Annual report on the Civil Veterinary Department, Burma (including the Insein Veterinary School) - 1932-1941
Year: 1932
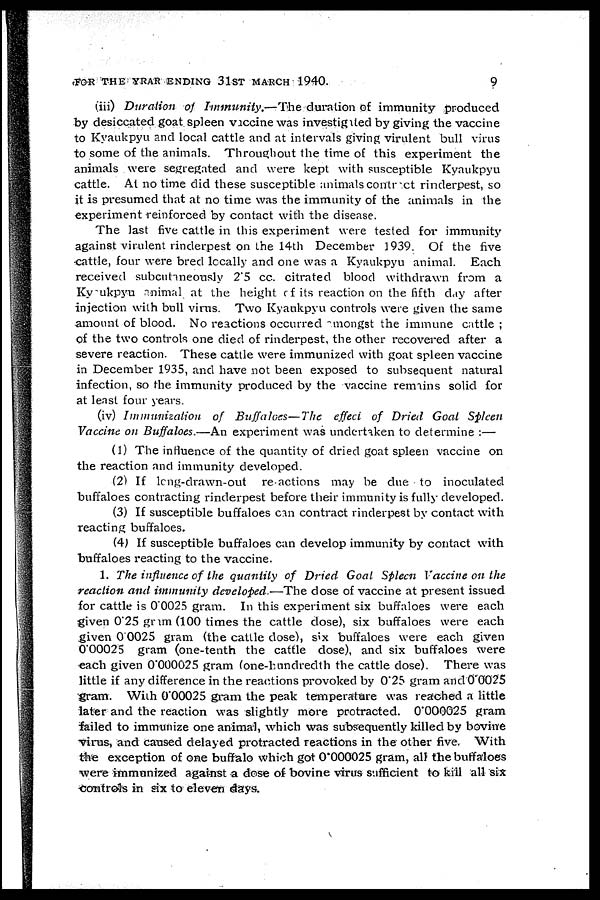
FOR THE YRAR ENDING 31ST MARCH 1940.
9
(iii) Duration of Immunity.—The
duration of immunity produced
by desiccated goat spleen vaccine was investigated by giving the vaccine
to Kyaukpyu and local cattle and at intervals giving virulent bull virus
to some of the animals. Throughout the time of this experiment the
animals were segregated and were kept with susceptible Kyaukpyu
cattle. At no time did these susceptible animals contract rinderpest, so
it is presumed that at no time was the immunity of the animals in the
experiment reinforced by contact with the disease.
The last five cattle in this experiment were tested for immunity
against virulent rinderpest on the 14th December 1939. Of the five
cattle, four were bred locally and one was a Kyaukpyu animal.
Each
received subcutineously 2.5 cc. citrated blood withdrawn from a
Ky ukpyu animal at the height of its reaction on the fifth day after
injection with bull virus. Two Kyaukpyu controls were given the same
amount of blood. No reactions occurred amongst the immune cattle ;
of the two controls one died of rinderpest, the other recovered after a
severe reaction. These cattle were immunized with goat spleen vaccine
in December 1935, and have not been exposed to subsequent natural
infection, so the immunity produced by the vaccine remains solid for
at least four years.
(iv) Immunization
of Buffaloes—The
effect of Dried Goat Spleen
Vaccine on Buffaloes.—An experiment was undertaken to determine :—
(1) The influence of the quantity of dried goat spleen vaccine on
the reaction and immunity developed.
(2) If long-drawn-out
reactions may he due to inoculated
buffaloes contracting rinderpest before their immunity is fully developed.
(3) If susceptible buffaloes can contract rinderpest by contact with
reacting buffaloes.
(4) If susceptible buffaloes can develop immunity by contact with
buffaloes reacting to the vaccine.
1. The influence of the quantity of Dried Goal Spleen Vaccine on the
reaction and immunity developed.—The dose of vaccine at present issued
for cattle is 00025 gram. In this experiment six buffaloes were each
given 0.25 gram (100 times the cattle close), six buffaloes were each
given 00025 gram (the cattle dose), six buffaloes were each given
0.00025 gram (one-tenth the cattle dose), and six buffaloes were
each given 0.000025 gram (one-hundredth the cattle dose). There was
little if any difference in the reactions provoked by 0.25 gram and 0.0025
gram. With 0.00025 gram the peak temperature was reached a little
later and the reaction was slightly more protracted. 0.000025 gram
failed to immunize one animal, which was subsequently killed by bovine
virus, and caused delayed protracted reactions in the other five. With
the exception of one buffalo which got 0.000025 gram, all the buffaloes
were immunized against a dose of bovine virus sufficient to kill all six
controls in six to eleven days.